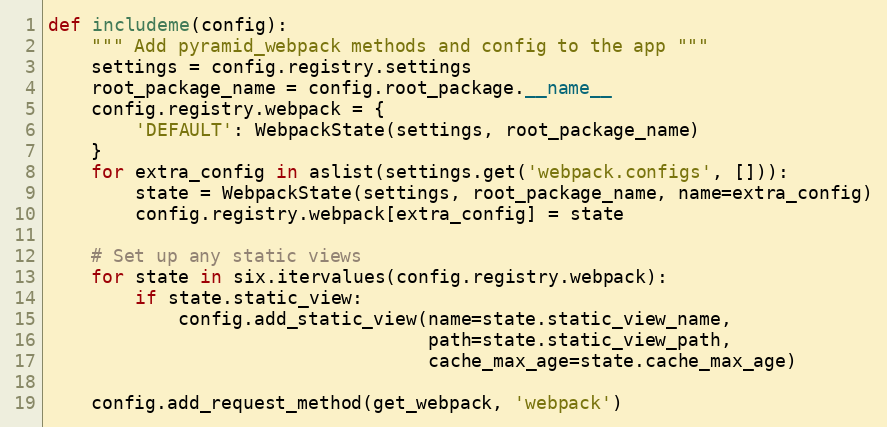
Language: Python
def includeme(config):
    """ Add pyramid_webpack methods and config to the app """
    settings = config.registry.settings
    root_package_name = config.root_package.__name__
    config.registry.webpack = {
        'DEFAULT': WebpackState(settings, root_package_name)
    }
    for extra_config in aslist(settings.get('webpack.configs', [])):
        state = WebpackState(settings, root_package_name, name=extra_config)
        config.registry.webpack[extra_config] = state

    # Set up any static views
    for state in six.itervalues(config.registry.webpack):
        if state.static_view:
            config.add_static_view(name=state.static_view_name,
                                   path=state.static_view_path,
                                   cache_max_age=state.cache_max_age)

    config.add_request_method(get_webpack, 'webpack')